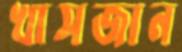
খাসজান